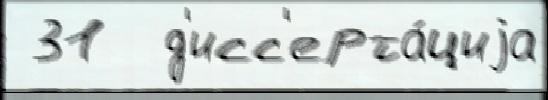
 31  д'исс'ерта́циjа